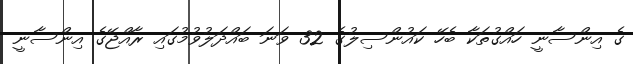
ގެ އިންސާނީ ހައްގުތަކާ ބެހޭ ކައުންސިލުގެ 32 ވަނަ ބައްދަލުވުމުގައި ރާއްޖޭގެ އިންސާނީ